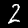
Label: 2